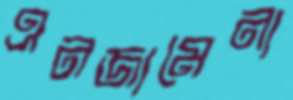
এনজামেনা